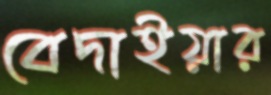
বেদাইয়ার